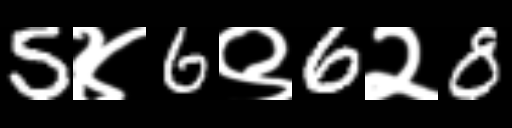
Text: 5४6९6२8